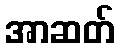
အာဆတ်